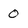
Character: 0